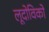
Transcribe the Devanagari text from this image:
लूदोविको